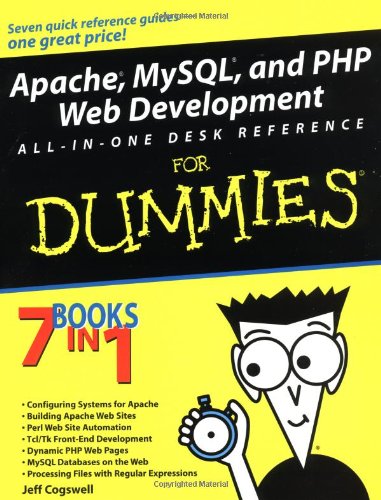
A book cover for Apache, MySQL, and PHP Web Development All-in-One Desk Reference For Dummies; Jeff Cogswell; Computers & Technology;